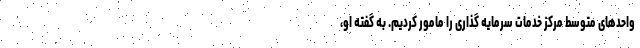
واحدهای متوسط مرکز خدمات سرمایه گذاری را مامور کردیم. به گفته او،